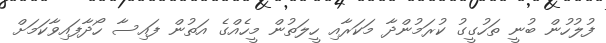
ފުލުހުން ބުނީ ތަހުގީގު ކުރަމުންދާ މަކަރާއި ހީލަތުން މީހެއްގެ އަތުން ފައިސާ ހޯދާފައިވާކަމަށް